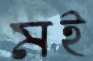
মই